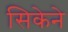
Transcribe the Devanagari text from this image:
सिकेने